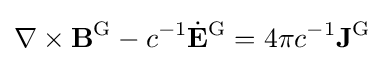
\nabla \times \mathbf {B} ^{\text{G}}-c^{-1}{\dot {\mathbf {E} }}^{\text{G}}=4\pi c^{-1}\mathbf {J} ^{\text{G}}